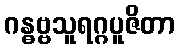
ဂန္ဓဗ္ဗသူရဂ္ဂပူဇိတာ